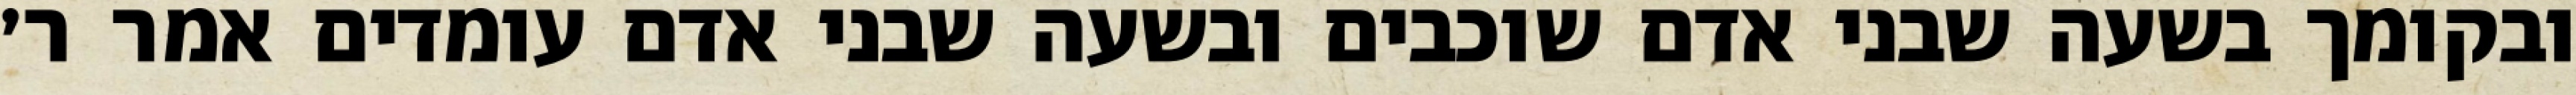
ובקומך בשעה שבני אדם שוכבים ובשעה שבני אדם עומדים אמר ר׳